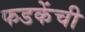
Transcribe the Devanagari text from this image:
फडकेंची